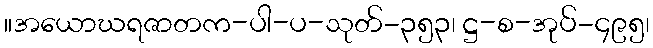
။အယောဃရဇာတက-ပါ-ပ-သုတ်-၃၅၃၊ ဋ္ဌ-စ-အုပ်-၄၉၅၊